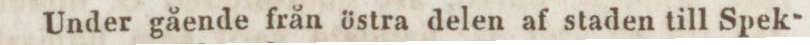
Under gående från östra delen af staden till Spek-